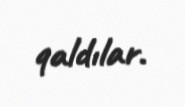
qaldılar.